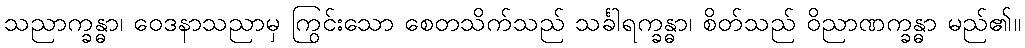
သညာက္ခန္ဓာ၊ ဝေဒနာသညာမှ ကြွင်းသော စေတသိက်သည် သင်္ခါရက္ခန္ဓာ၊ စိတ်သည် ဝိညာဏက္ခန္ဓာ မည်၏။